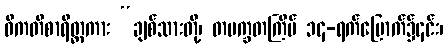
ဝိကတိစာရိတ္တကား “ချစ်သားတို့၊ တပက္ခတကြိမ် ၁၄-ရက်မြောက်၌၎င်း၊